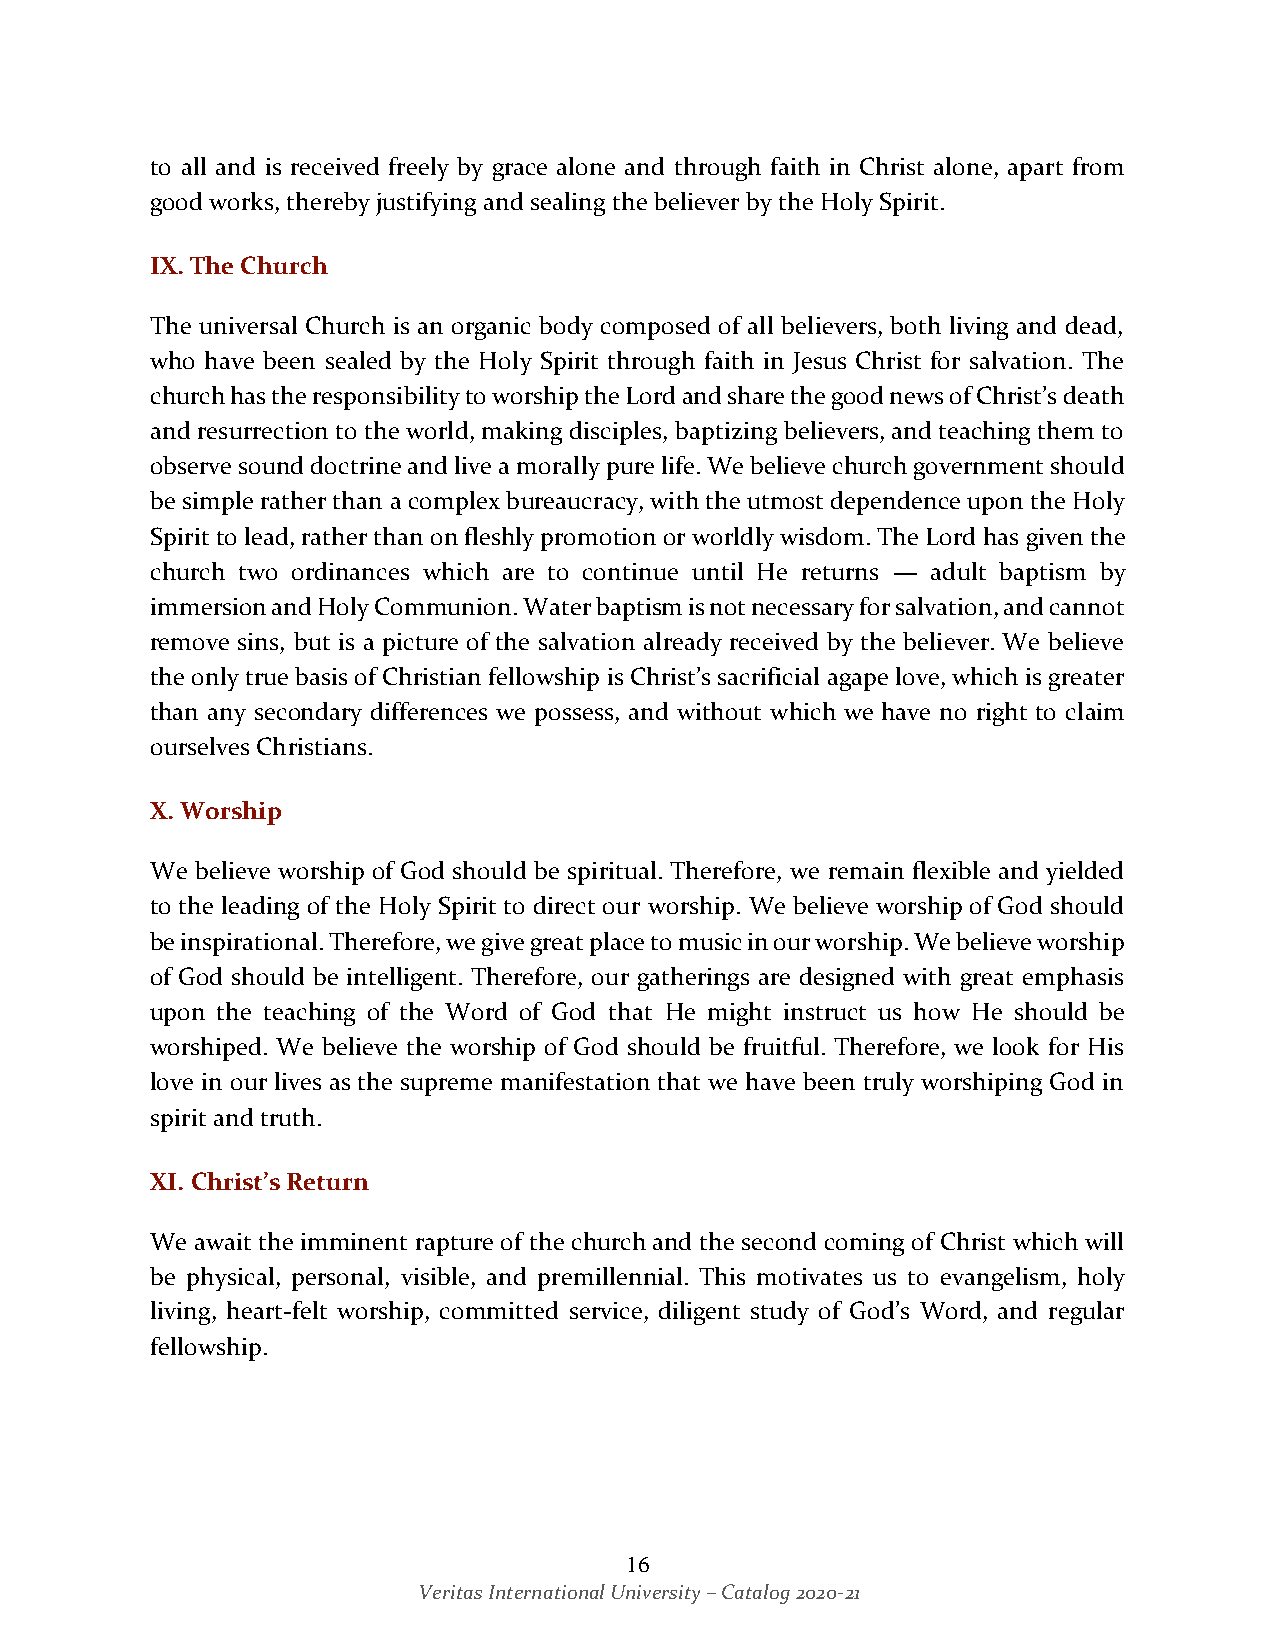
to all and is received freely by grace alone and through faith in Christ alone, apart from
 good works, thereby justifying and sealing the believer by the Holy Spirit.
 IX. The Church
 The universal Church is an organic body composed of all believers, both living and dead,
 who have been sealed by the Holy Spirit through faith in Jesus Christ for salvation. The
 church has the responsibility to worship the Lord and share the good news of Christ’s death
 and resurrection to the world, making disciples, baptizing believers, and teaching them to
 observe sound doctrine and live a morally pure life. We believe church government should
 be simple rather than a complex bureaucracy, with the utmost dependence upon the Holy
 Spirit to lead, rather than on fleshly promotion or worldly wisdom. The Lord has given the
 church two ordinances which are to continue until He returns — adult baptism by
 immersion and Holy Communion. Water baptism is not necessary for salvation, and cannot
 remove sins, but is a picture of the salvation already received by the believer. We believe
 the only true basis of Christian fellowship is Christ’s sacrificial agape love, which is greater
 than any secondary differences we possess, and without which we have no right to claim
 ourselves Christians.
 X. Worship
 We believe worship of God should be spiritual. Therefore, we remain flexible and yielded
 to the leading of the Holy Spirit to direct our worship. We believe worship of God should
 be inspirational. Therefore, we give great place to music in our worship. We believe worship
 of God should be intelligent. Therefore, our gatherings are designed with great emphasis
 upon the teaching of the Word of God that He might instruct us how He should be
 worshiped. We believe the worship of God should be fruitful. Therefore, we look for His
 love in our lives as the supreme manifestation that we have been truly worshiping God in
 spirit and truth.
 XI. Christ’s Return
 We await the imminent rapture of the church and the second coming of Christ which will
 be physical, personal, visible, and premillennial. This motivates us to evangelism, holy
 living, heart-felt worship, committed service, diligent study of God’s Word, and regular
 fellowship.
 16
 Veritas International University – Catalog 2020-21